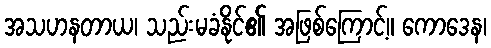
အသဟနတာယ၊ သည်းမခံနိုင်၏ အဖြစ်ကြောင့်။ ကောဒေန၊